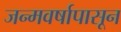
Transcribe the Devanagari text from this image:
जन्मवर्षापासून